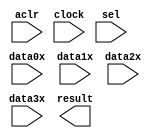
module datamux (
	aclr,
	clock,
	data0x,
	data1x,
	data2x,
	data3x,
	sel,
	result);

	input	  aclr;
	input	  clock;
	input	[7:0]  data0x;
	input	[7:0]  data1x;
	input	[7:0]  data2x;
	input	[7:0]  data3x;
	input	[1:0]  sel;
	output	[7:0]  result;
`ifndef ALTERA_RESERVED_QIS
// synopsys translate_off
`endif
	tri0	  aclr;
`ifndef ALTERA_RESERVED_QIS
// synopsys translate_on
`endif

endmodule